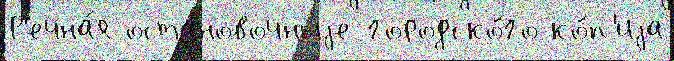
Р'ечна́я остановочныjе городско́го ко́п'иjа